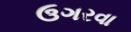
ઉગરવા